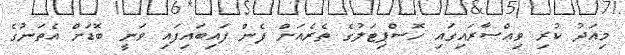
މިއަދު ކުރި ވިއްސާރައިގައި ހޮސްޕިޓަލުގެ ތެރެއަށް ފެން ފައިބައިފައި ވަނީ ބޮޑަށް އެތަނުގެ